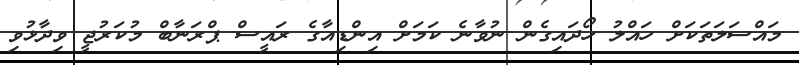
މައްސަލަތަކަށް ހައްލު ހޯދައިގެން ނުވާނެ ކަމަށް އިންޑިއާގެ ރައީސް ޕްރަނާބް މުކަރުޖީ ވިދާޅުވި